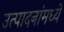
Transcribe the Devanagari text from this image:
उत्पादनांमध्‍ये